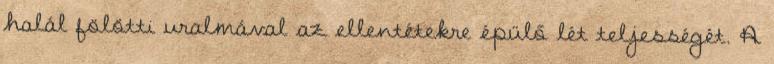
halál fölötti uralmával az ellentétekre épülő lét teljességét. A